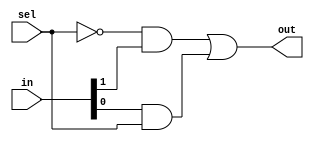
module MUX(in,sel,out);
input [0:1] in;  //set the input as 2-bit
input sel;      
output out;
wire a1, a2, a3;
not inv1(a1,sel); //inverse function: a1 = sel'
and and1(a2, a1, in[0]);//and function: a2 = a1 * in[0]
and and2(a3, in[1], sel);//The same as above
or or1(out, a2, a3); //or function: out = a2 + a3
endmodule